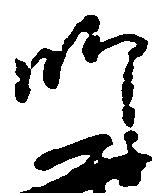
師